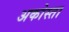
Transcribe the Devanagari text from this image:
अकोस्ता